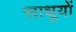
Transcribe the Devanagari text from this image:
साधुयों